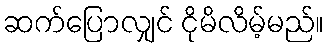
ဆက်ပြောလျှင် ငိုမိလိမ့်မည်။